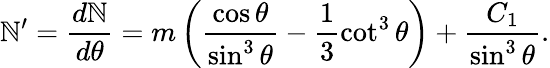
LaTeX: \mathbb{N}^{\prime}=\frac{{d\mathbb{N}}}{{d\theta}}=m\left(\frac{{\cos\theta}}{{\sin^{3}\theta}}-\frac{1}{3}\cot^{3}\theta\right)+\frac{{C_{1}}}{{\sin^{3}\theta}}.